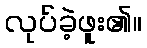
လုပ်ခဲ့ဖူး၏။